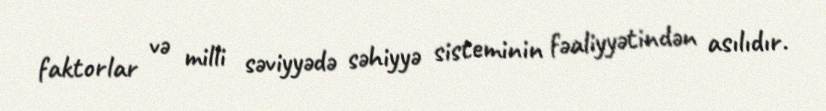
faktorlar və milli səviyyədə səhiyyə sisteminin fəaliyyətindən asılıdır.